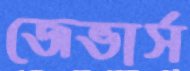
জেভার্স